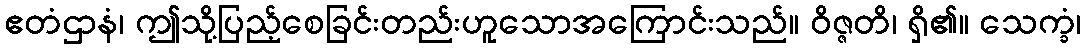
ဧတံဌာနံ၊ ဤသို့ပြည့်စေခြင်းတည်းဟူသောအကြောင်းသည်။ ဝိဇ္ဇတိ၊ ရှိ၏။ သေက္ခံ၊